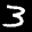
Label: 3